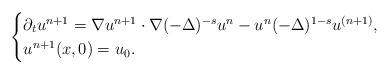
LaTeX: \begin{align*}\begin{cases}\partial_t{u^{n+1}}=\nabla u^{n+1}\cdot \nabla(-\Delta)^{-s}u^{n}-u^n(-\Delta)^{1-s}u^{(n+1)},\\u^{n+1}(x,0)=u_{0}.\end{cases}\end{align*}